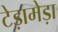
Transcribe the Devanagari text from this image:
टेड़ामेड़ा